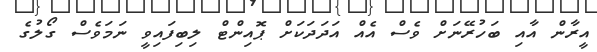
އީރާން އާއި ބަހުރޭނަށް ވެސް އެއް އަދަދަކަށް ޕޮއިންޓް ލިބިފައިވީ ނަމަވެސް ގޯލުގެ